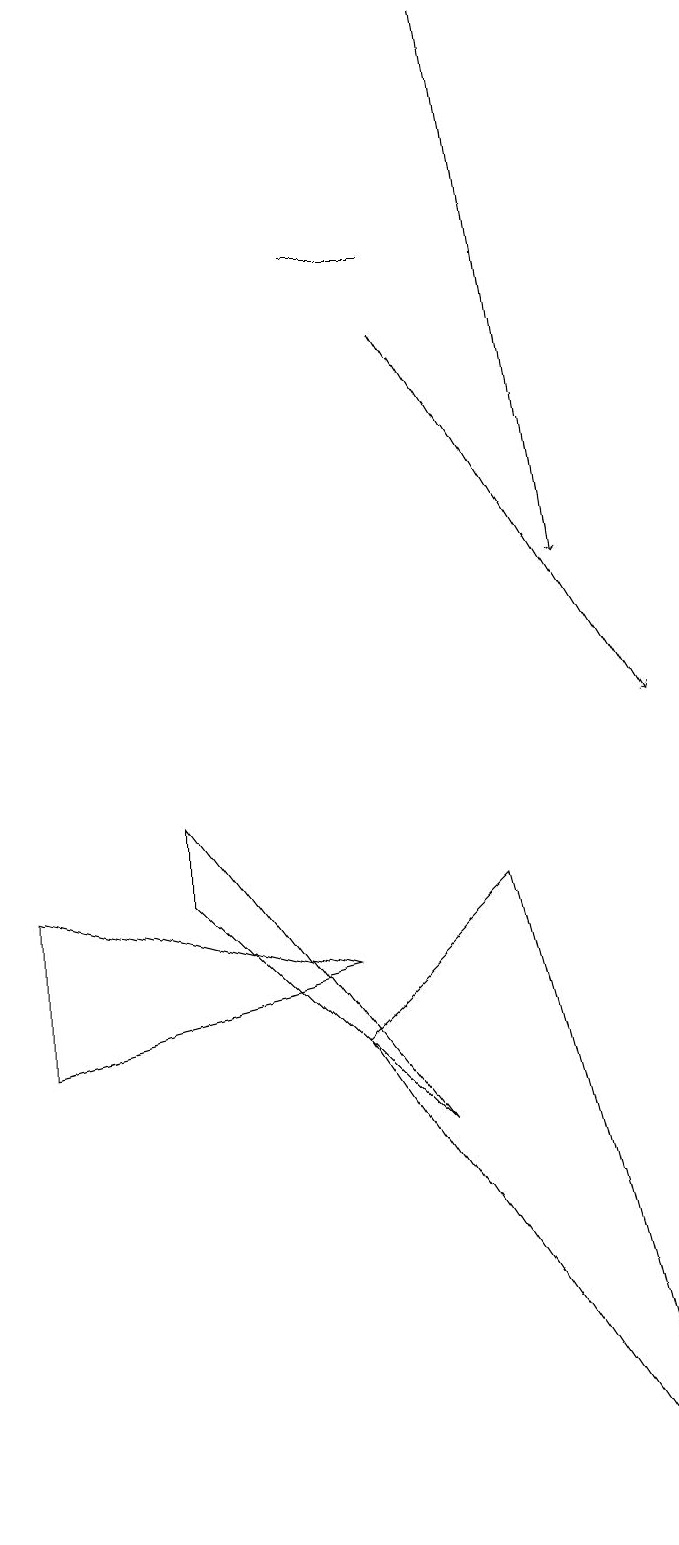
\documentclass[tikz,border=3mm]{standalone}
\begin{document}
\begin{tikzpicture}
\draw[->] (5,15) -- (8,10);
\draw (0,6) -- (0,8) -- (4,7) -- cycle;
\draw[->] (6,19) -- (7,12);
\draw (8,0) -- (6,8) -- (4,6) -- cycle;
\draw (2,9) -- (5,5) -- (2,8) -- cycle;
\draw (4,16) rectangle (5,16);
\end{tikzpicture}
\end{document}